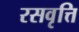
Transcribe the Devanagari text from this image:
रसवृत्ति